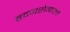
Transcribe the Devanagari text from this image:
हृदयरोगाला